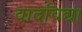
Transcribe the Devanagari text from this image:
वादविद्या